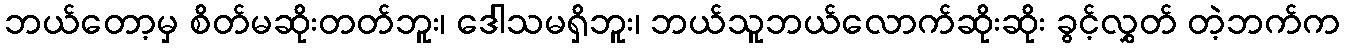
ဘယ်တော့မှ စိတ်မဆိုးတတ်ဘူး၊ ဒေါသမရှိဘူး၊ ဘယ်သူဘယ်လောက်ဆိုးဆိုး ခွင့်လွှတ် တဲ့ဘက်က